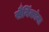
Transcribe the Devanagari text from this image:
सैनिंकांना